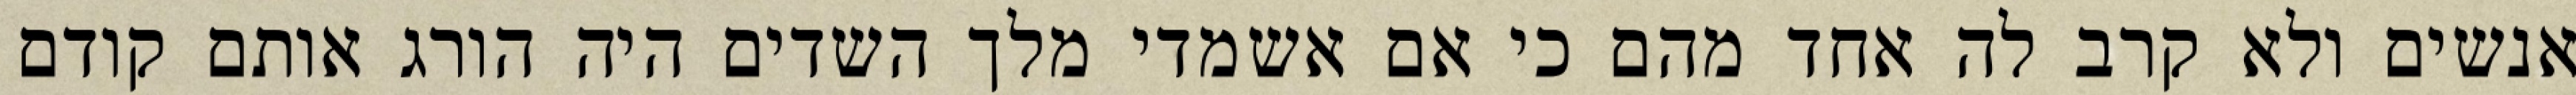
אנשים ולא קרב לה אחד מהם כי אם אשמדי‏ מלך השדים היה הורג אותם קודם